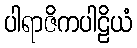
ပါရာဇိကပါဠိယံ